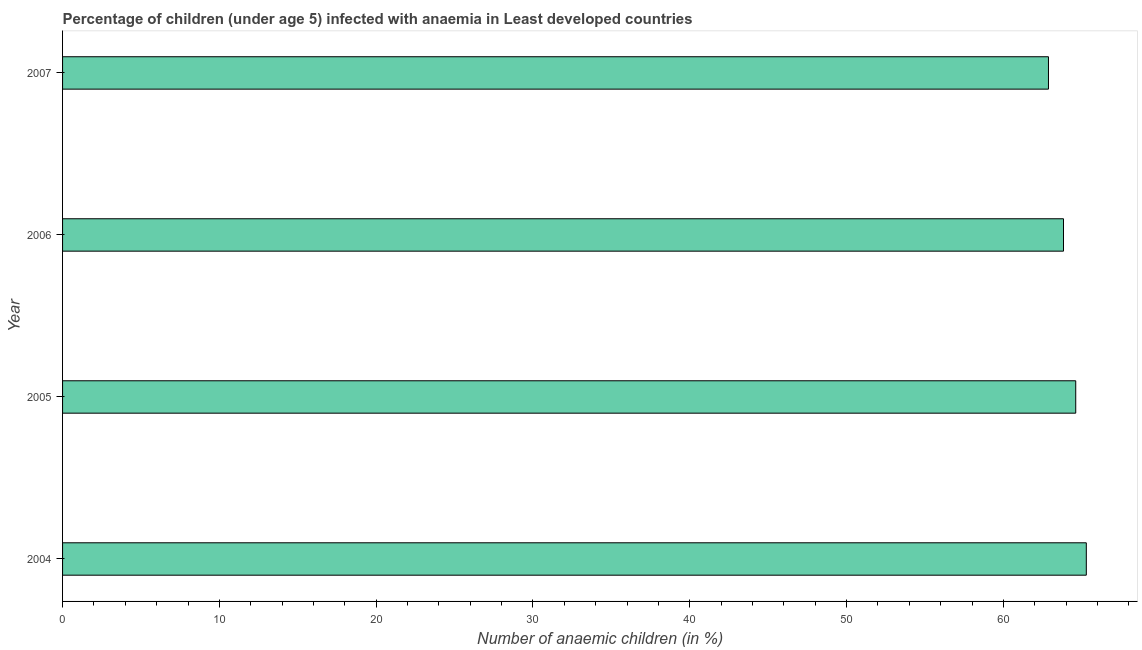
| Year | Prevalence of anemia among children |
 | --- | --- |
 | 2004 | 65.3 |
 | 2005 | 64.6 |
 | 2006 | 63.8 |
 | 2007 | 62.9 |